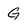
Character: G